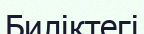
Биліктегі